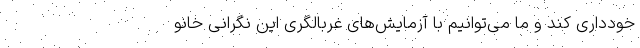
خودداری کند و ما می‌توانیم با آزمایش‌های غربالگری این نگرانی خانو